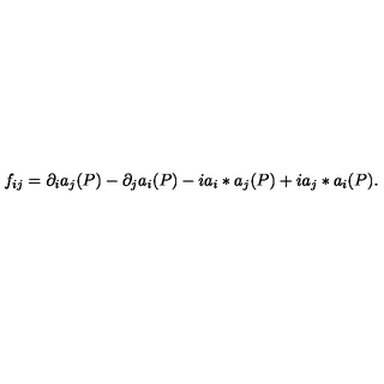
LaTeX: f _ { i j } = \partial _ { i } a _ { j } ( P ) - \partial _ { j } a _ { i } ( P ) - i a _ { i } * a _ { j } ( P ) + i a _ { j } * a _ { i } ( P ) .